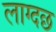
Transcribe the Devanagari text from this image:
लाग्दछ